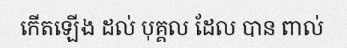
កើតឡើង ដល់ បុគ្គល ដែល បាន ពាល់